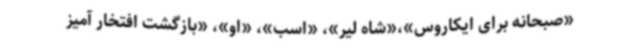
«صبحانه برای ایکاروس»،«شاه لیر»، «اسب»، «او»، «بازگشت افتخار آمیز